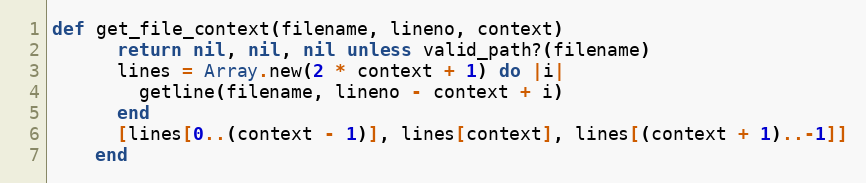
Language: Ruby
def get_file_context(filename, lineno, context)
      return nil, nil, nil unless valid_path?(filename)
      lines = Array.new(2 * context + 1) do |i|
        getline(filename, lineno - context + i)
      end
      [lines[0..(context - 1)], lines[context], lines[(context + 1)..-1]]
    end